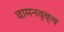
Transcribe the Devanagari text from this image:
वामनवृक्ष